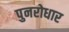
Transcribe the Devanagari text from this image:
पुनरोधार